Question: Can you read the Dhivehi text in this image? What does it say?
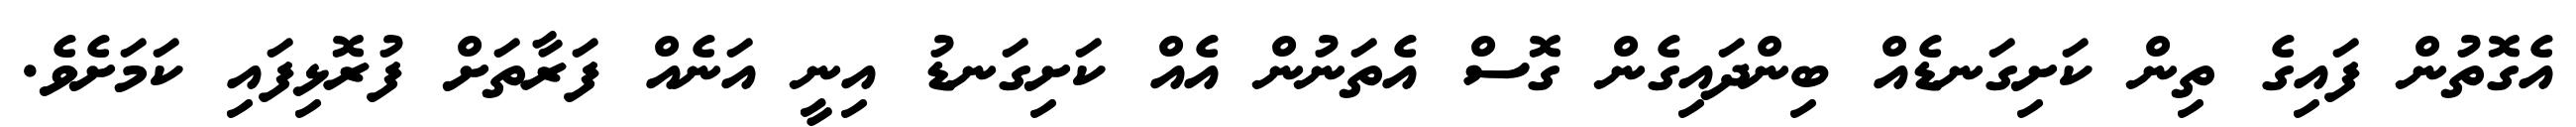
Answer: އެގޮތުން ފައިގެ ތިން ކަށިގަނޑެއް ބިންދައިގެން ގޮސް އެތަނުން އެއް ކަށިގަނޑު އިނީ އަނެއް ފަރާތަށް ފުރޮޅިފައި ކަމަށެވެ.